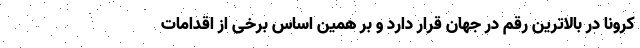
کرونا در بالاترین رقم در جهان قرار دارد و بر همین اساس برخی از اقدامات